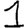
Digit: 1